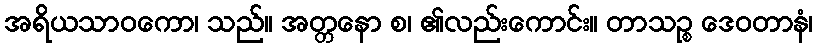
အရိယသာဝကော၊ သည်။ အတ္တနော စ၊ ၏လည်းကောင်း။ တာသဉ္စ ဒေဝတာနံ၊